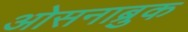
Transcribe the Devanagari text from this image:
ओसनाब्रुक